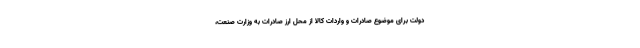
دولت برای موضوع صادرات و واردات کالا از محل ارز صادرات به وزارت صنعت،